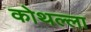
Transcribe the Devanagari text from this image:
कोथल्ला